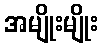
အမျိုးမျိုး